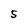
Character: 5